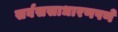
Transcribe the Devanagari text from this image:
सर्वससाधारणपणे